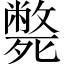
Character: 斃